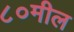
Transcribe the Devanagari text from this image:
८०मील